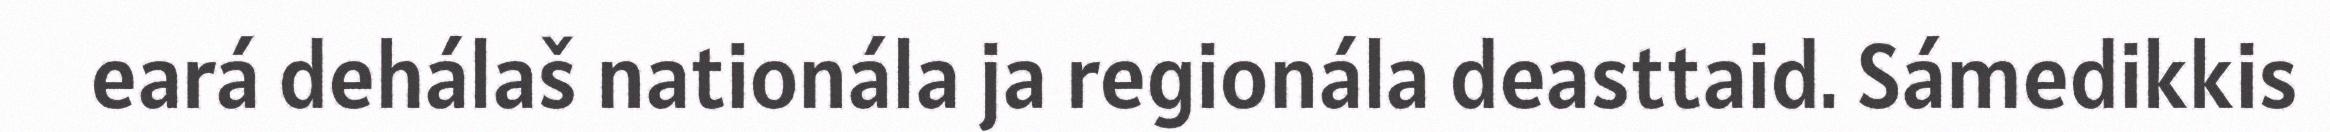
eará dehálaš nationála ja regionála deasttaid. Sámedikkis